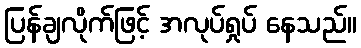
ပြန်ချလိုက်ဖြင့် အလုပ်ရှုပ် နေသည်။